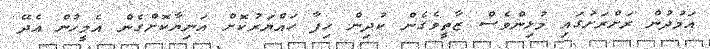
އަމުދުން ރަށްރަށުގައި މުޅިންވެސް ޒާތީވެގެން ކުދިން ހިފާ ހައްޔަރުކޮށް އަނިޔާކޮށްގެން އެމީހުން އެދޭ